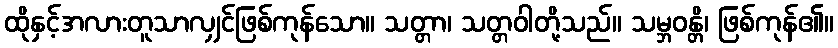
ထိုနှင့်အလားတူသာလျှင်ဖြစ်ကုန်သော။ သတ္တာ၊ သတ္တဝါတို့သည်။ သမ္ဘဝန္တိ၊ ဖြစ်ကုန်၏။